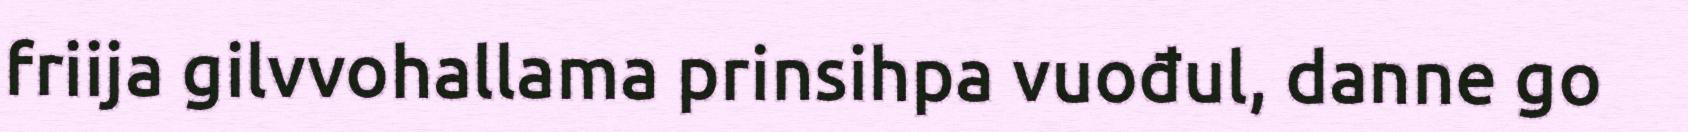
friija gilvvohallama prinsihpa vuođul, danne go